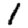
Digit: 1